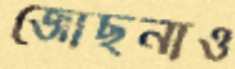
জোছনাও